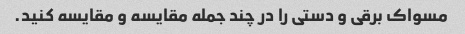
مسواک برقی و دستی را در چند جمله مقایسه و مقایسه کنید.